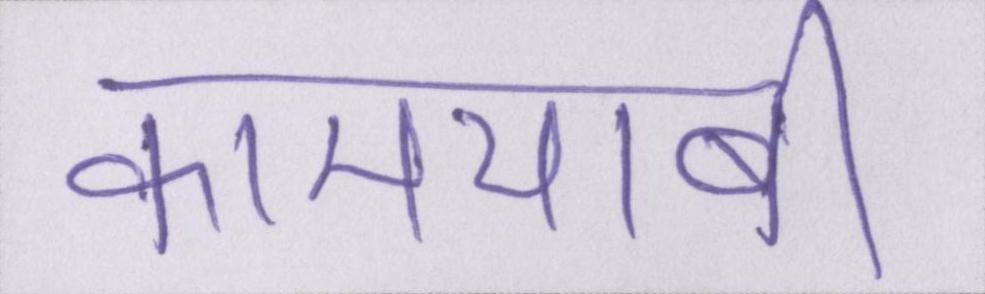
कामयाबी